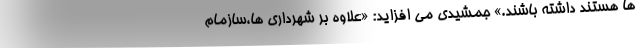
ها هستند داشته باشند.» جمشیدی می افزاید: «علاوه بر شهرداری ها،سازمام